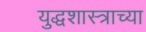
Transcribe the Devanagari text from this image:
युद्धशास्त्राच्या